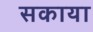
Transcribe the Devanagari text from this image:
सकाया